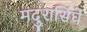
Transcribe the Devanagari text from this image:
मदुरासिंघे